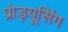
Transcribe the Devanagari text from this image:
प्रोड्यूसिंग